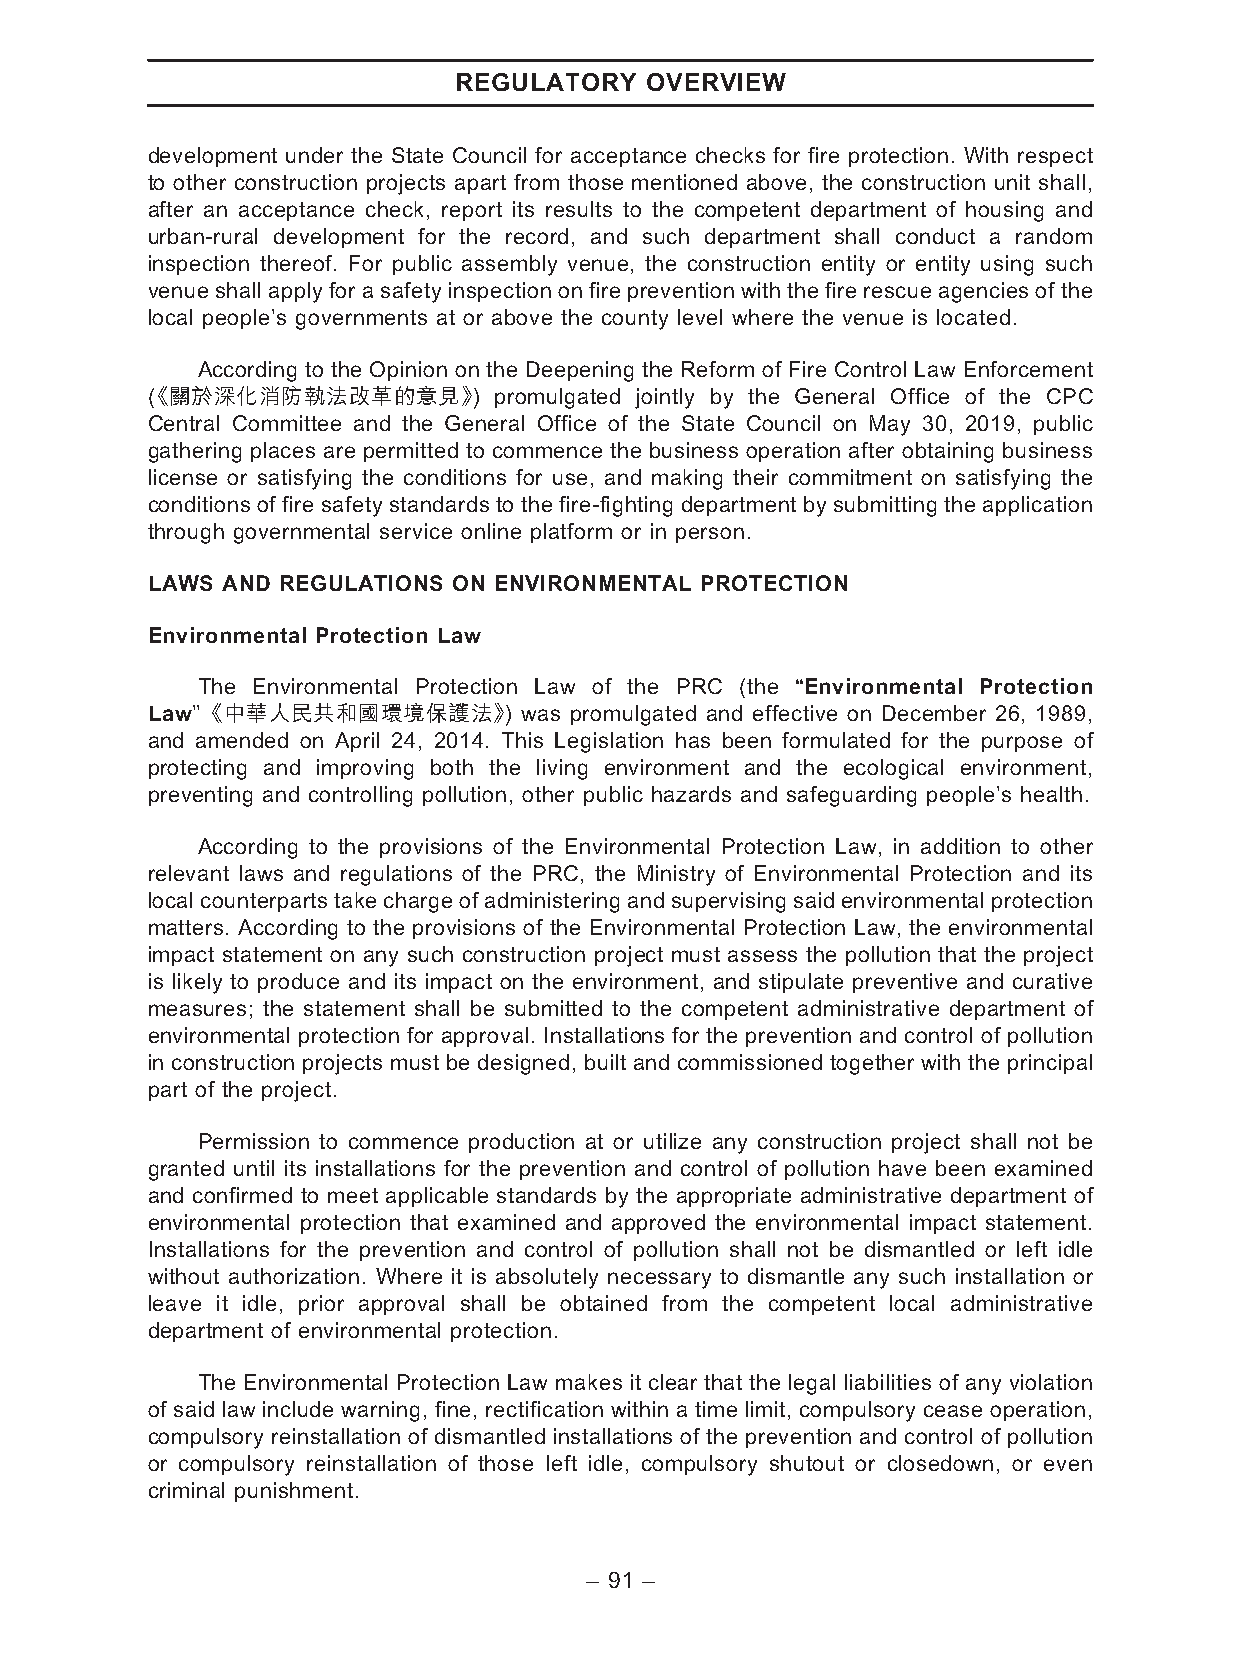
REGULATORY   OVERVIEW
 development under the State Council for acceptance checks for fire protection. With respect
 to other construction projects apart from those mentioned above, the construction unit shall,
 after an acceptance check, report its results to the competent department of housing and
 urban-rural development for the record, and such department shall conduct a random
 inspection thereof. For public assembly venue, the construction entity or entity using such
 venue shallapply for a safety inspection on fire prevention with the fire rescue agenciesof the
 local people’s governments at or above the county level where the venue is located.
 According to the Opinion on the Deepening the Reform of Fire Control Law Enforcement
 《( 關於深化消防執法改革的意見》)     promulgated jointly by the General Office of the CPC
 Central Committee and the General Office of the State Council on May 30, 2019, public
 gathering places are permitted to commence the business operation after obtaining business
 license or satisfying the conditions for use, and making their commitment on satisfying the
 conditions of fire safety standards to the fire-fighting department by submitting the application
 through governmental service online platform or in person.
 LAWS AND REGULATIONS ON ENVIRONMENTAL PROTECTION
 Environmental Protection Law
 The Environmental Protection Law of the PRC (the ‘‘Environmental Protection
 Law’’《中華人民共和國環境保護法》)     was promulgated and effective on December 26, 1989,
 and amended on April 24, 2014. This Legislation has been formulated for the purpose of
 protecting and improving both the living environment and the ecological environment,
 preventing and controlling pollution, other public hazards and safeguarding people’s health.
 According to the provisions of the Environmental Protection Law, in addition to other
 relevant laws and regulations of the PRC, the Ministry of Environmental Protection and its
 localcounterpartstakechargeof administeringandsupervisingsaidenvironmentalprotection
 matters. According to the provisions of the Environmental Protection Law, the environmental
 impact statement on any such construction project must assess the pollution that the project
 is likely to produce and its impact on the environment, and stipulate preventive and curative
 measures; the statement shall be submitted to the competent administrative department of
 environmental protection for approval. Installations for the prevention and control of pollution
 in construction projects must be designed, built and commissioned together with the principal
 part of the project.
 Permission to commence production at or utilize any construction project shall not be
 granted until its installations for the prevention and control of pollution have been examined
 and confirmed to meet applicable standards by the appropriate administrative department of
 environmental protection that examined and approved the environmental impact statement.
 Installations for the prevention and control of pollution shall not be dismantled or left idle
 without authorization. Where it is absolutely necessary to dismantle any such installation or
 leave it idle, prior approval shall be obtained from the competent local administrative
 department of environmental protection.
 The Environmental Protection Law makes it clear that the legal liabilities of any violation
 of said law include warning, fine, rectification within a time limit, compulsory cease operation,
 compulsory reinstallation of dismantled installations of the prevention and control of pollution
 or compulsory reinstallation of those left idle, compulsory shutout or closedown, or even
 criminal punishment.
 – 91 –